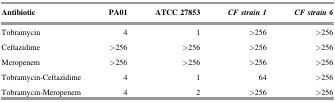
<table><thead><tr><td><b>Antibiotic</b></td><td><b>PA01</b></td><td><b>ATCC 27853</b></td><td><b><i>CF strain 1</i></b></td><td><b><i>CF strain 6</i></b></td></tr></thead><tbody><tr><td>Tobramycin</td><td>4</td><td>1</td><td>&gt;256</td><td>&gt;256</td></tr><tr><td>Ceftazidime</td><td>&gt;256</td><td>&gt;256</td><td>&gt;256</td><td>&gt;256</td></tr><tr><td>Meropenem</td><td>&gt;256</td><td>&gt;256</td><td>&gt;256</td><td>&gt;256</td></tr><tr><td>Tobramycin-Ceftazidime</td><td>4</td><td>1</td><td>64</td><td>&gt;256</td></tr><tr><td>Tobramycin-Meropenem</td><td>4</td><td>2</td><td>&gt;256</td><td>&gt;256</td></tr></tbody></table>